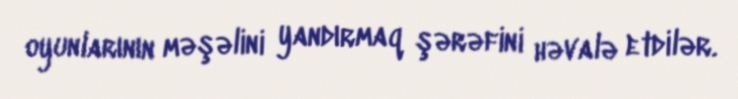
oyunlarının məşəlini yandırmaq şərəfini həvalə etdilər.